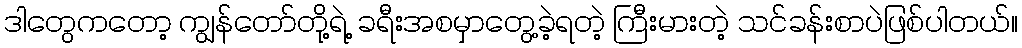
ဒါတွေကတော့ ကျွန်တော်တို့ရဲ့ ခရီးအစမှာတွေ့ခဲ့ရတဲ့ ကြီးမားတဲ့ သင်ခန်းစာပဲဖြစ်ပါတယ်။